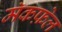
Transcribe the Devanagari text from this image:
मॅकफ़ेल